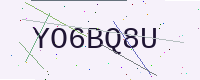
Text: YO6BQ8U